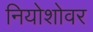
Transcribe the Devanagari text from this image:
नियोशोवर